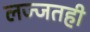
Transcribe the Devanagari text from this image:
लज्जतही